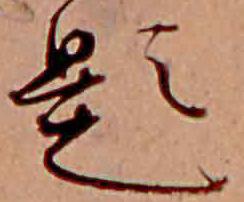
題